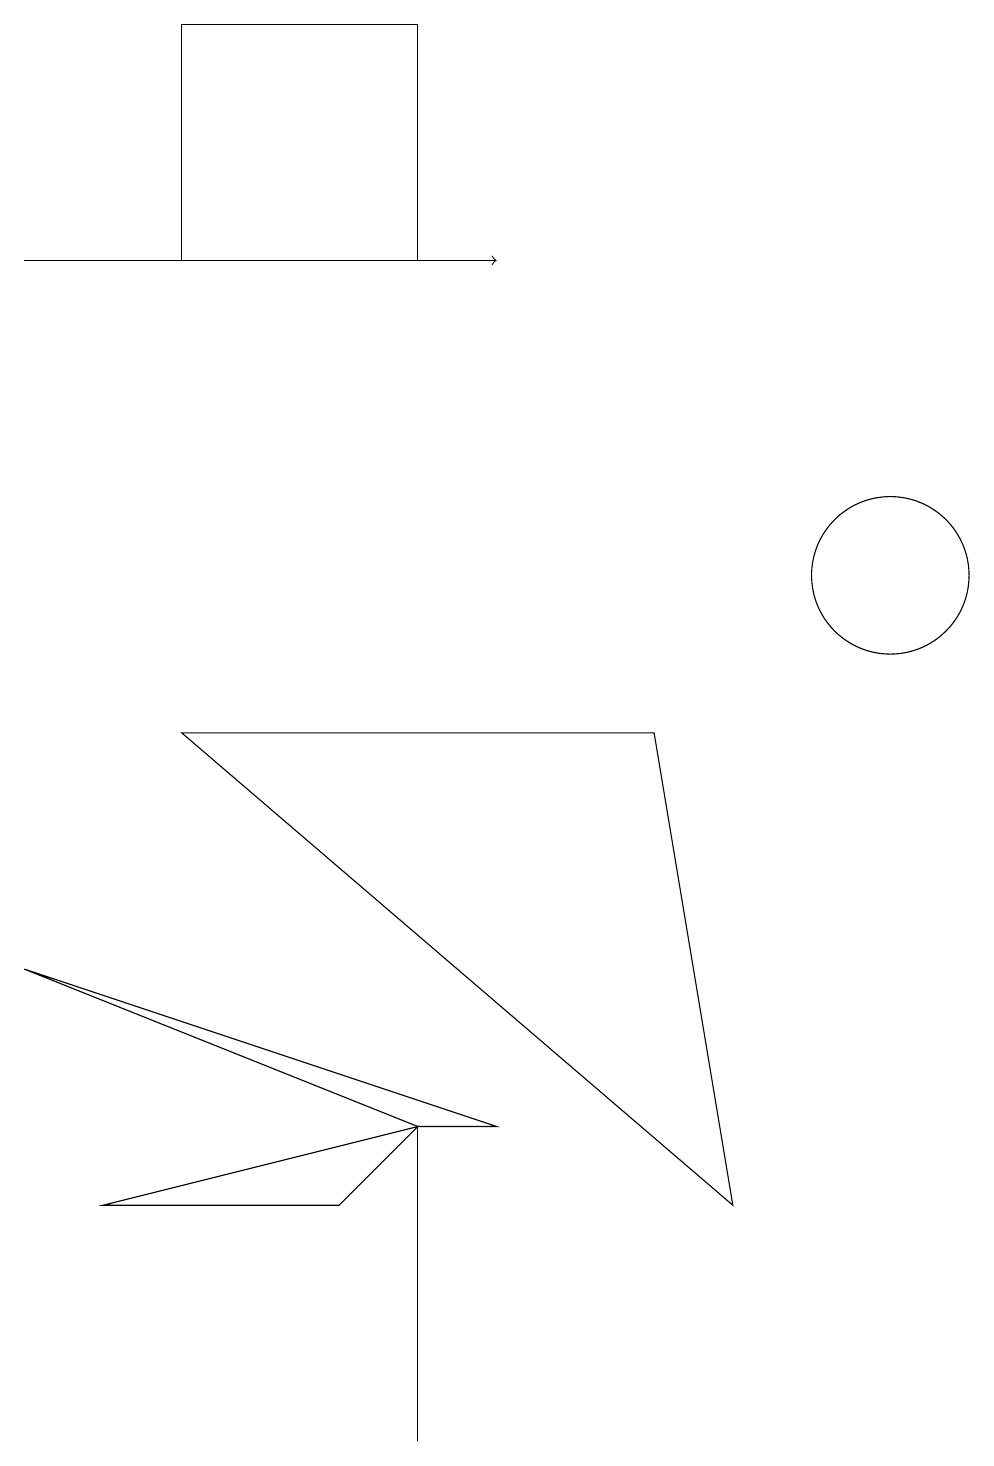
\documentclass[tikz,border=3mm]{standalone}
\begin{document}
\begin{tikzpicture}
\draw (0,6) -- (6,4) -- (5,4) -- cycle;
\draw (5,3) -- (5,0) -- (5,4) -- cycle;
\draw (2,18) rectangle (5,15);
\draw (9,3) -- (2,9) -- (8,9) -- cycle;
\draw (5,4) -- (4,3) -- (1,3) -- cycle;
\draw (11,11) circle (1);
\draw[->] (0,15) -- (6,15);
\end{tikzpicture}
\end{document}